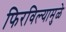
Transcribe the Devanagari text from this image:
फिरविल्यामुळे